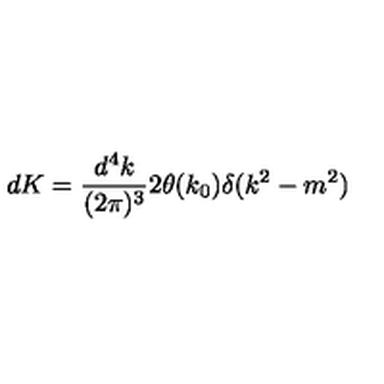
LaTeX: d K = \frac { d ^ { 4 } k } { ( 2 \pi ) ^ { 3 } } 2 \theta ( k _ { 0 } ) \delta ( k ^ { 2 } - m ^ { 2 } )